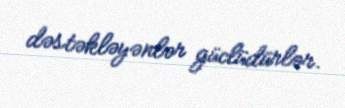
dəstəkləyənlər güclüdürlər.